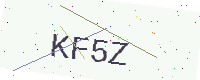
Text: KF5Z